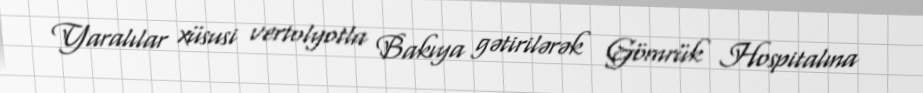
Yaralılar xüsusi vertolyotla Bakıya gətirilərək Gömrük Hospitalına